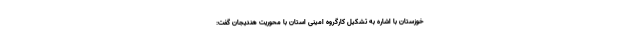
خوزستان با اشاره به تشکیل کارگروه امینی استان با محوریت هندیجان گفت: